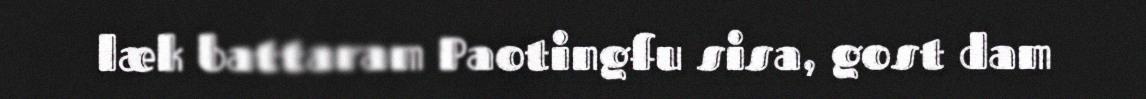
læk battaram Paotingfu sisa, gost dam